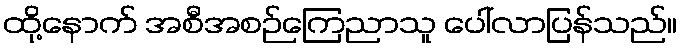
ထို့နောက် အစီအစဉ်ကြေညာသူ ပေါ်လာပြန်သည်။